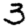
Digit: 3